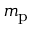
m _ { \mathrm { p } }